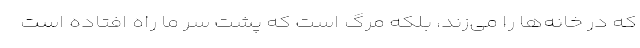
که در خانه‌ها را می‌زند، بلکه مرگ است که پشت سر ما راه افتاده است